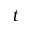
t